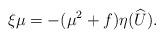
LaTeX: \begin{align*}\xi\mu=-(\mu^{2} + f)\eta(\widehat{U}).\end{align*}